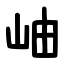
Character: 岫